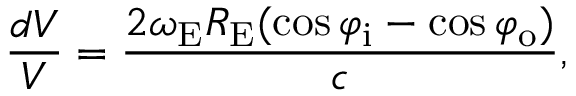
{ \frac { d V } { V } } = { \frac { 2 \omega _ { \mathrm { E } } R _ { \mathrm { E } } ( \cos \varphi _ { \mathrm { i } } - \cos \varphi _ { \mathrm { o } } ) } { c } } ,